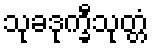
သုခဒုက္ခီသုတ္တံ